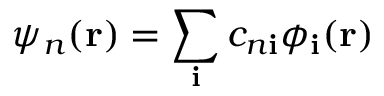
\psi _ { n } ( \mathbf { r } ) = \sum _ { \mathbf { i } } c _ { n \mathbf { i } } \phi _ { \mathbf { i } } ( \mathbf { r } )